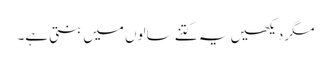
مگر دیکھیں یہ کتنے سالوں میں بنتی ہے۔